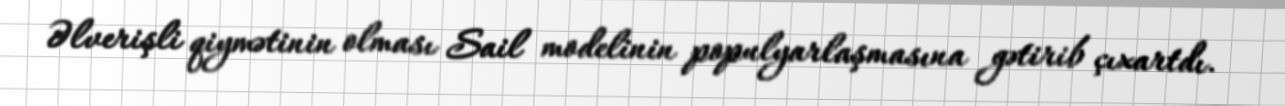
Əlverişli qiymətinin olması Sail modelinin populyarlaşmasına gətirib çıxartdı.